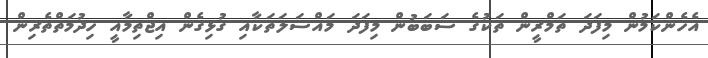
އެހެންކަމުން މިފަދަ ތަމްރީން ތަކުގެ ސަބަބުން މިފަދަ މައްސަލަތަކާއި ގުޅިގެން އިޖްތިމާއީ ހިދުމަތްތެރިން